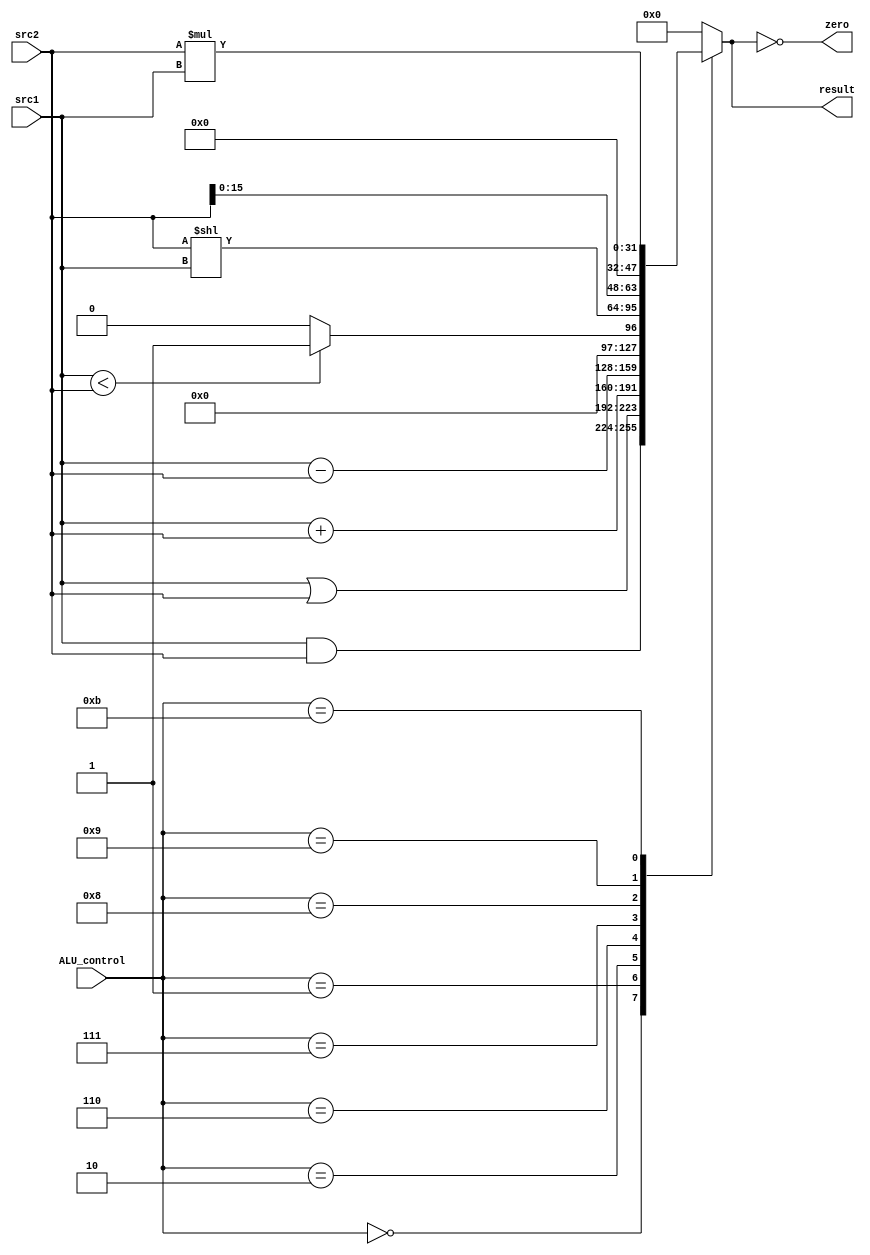
//Subject:     CO project 2 - ALU
//--------------------------------------------------------------------------------
//Version:     1
//--------------------------------------------------------------------------------
//Writer:
//----------------------------------------------
//Date:
//----------------------------------------------
//Description:
//--------------------------------------------------------------------------------

module ALU(
           src1,          // 32 bits source 1          (input)
           src2,          // 32 bits source 2          (input)
           ALU_control,   // 4 bits ALU control input  (input)
           result,        // 32 bits result            (output)
           zero          // 1 bit when the output is 0, zero must be set (output)
           );

input  [32-1:0] src1;
input  [32-1:0] src2;
input  [4-1:0]  ALU_control;

output [32-1:0] result;
output          zero;

reg    [32-1:0] result;
assign zero = (result == 0);

always @(*)
begin
	case(ALU_control)
		4'b0000: begin
			result <= src1 & src2;
		end
		4'b0001: begin
			result <= src1 | src2;
		end
		4'b0010: begin
			result <= src1 + src2;
		end
		4'b0110: begin
			result <= src1 - src2;
		end
		4'b0111: begin
			result <= src1 < src2 ? 1 : 0;
		end
		4'b1000: begin
			result <= src2 << src1;	// shift reg
		end
		4'b1001: begin			// shift immediate
			result <= src2 << 16;
		end
		4'b1011: begin			//mul
			result <= src2 * src1;
		end
		
		default:begin
			result <= 0;
		end
	endcase
end

endmodule